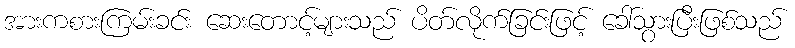
အားကစားကြမ်းခင်း ဆေးတောင့်များသည် ပိတ်လိုက်ခြင်းဖြင့် ခေါ်သွားပြီးဖြစ်သည်